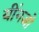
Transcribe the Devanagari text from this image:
यींगजो